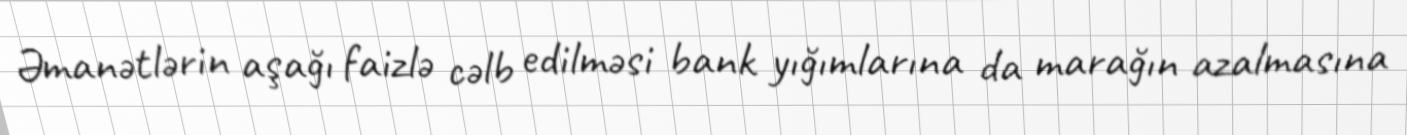
Əmanətlərin aşağı faizlə cəlb edilməsi bank yığımlarına da marağın azalmasına